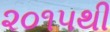
૨૦૧૫થી